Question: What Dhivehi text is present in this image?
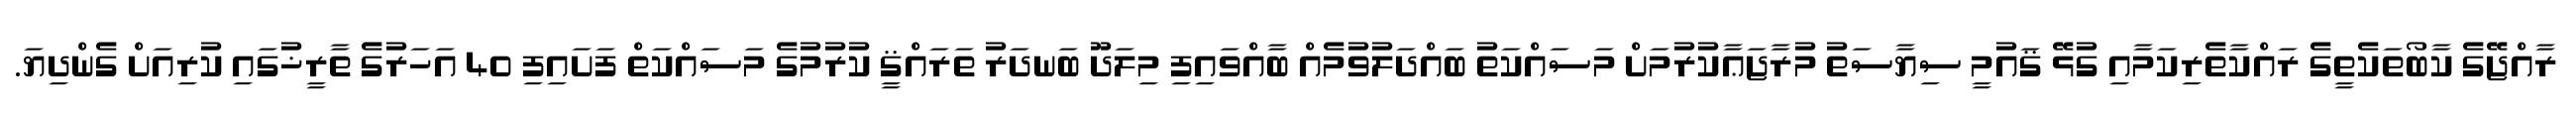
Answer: ރާއްޖޭގެ ކާބޯތަކެތީގެ ރައްކާތެރިކަމާއި ގުޅޭ ޤައުމީ ސިޔާސަތު މުރާޖަޢާކުރުމަށް މަސައްކަތު ބައްދަލުވުމެއް ބާއްވައިފި މިލަދޫ ބަނދަރު ތަރައްޤީ ކުރުމުގެ މަސައްކަތް ފަށައިފި 40 އަހަރުގެ ތާރީޚުގައި ކުރިއަށް ގެންދިޔަ.